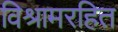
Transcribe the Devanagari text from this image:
विश्रामरहित